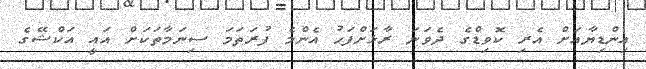
އިންޑިޔާއަށް އެރި ކޮވިޑްގެ ދެވަނަ ރާޅަށްފަހު އެންމެ ފުރަތަމަ ސިނަމާތަކަށް އައީ އަކްޝޭގެ